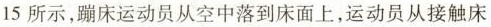
15 所示，蹦床运动员从空中落到床面上，运动员从接触床